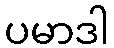
ပမာဒါ